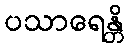
ပသာရေန္တိ